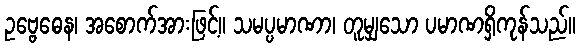
ဥဗ္ဗေဓေန၊ အစောက်အားဖြင့်။ သမပ္ပမာဏာ၊ တူမျှသော ပမာဏရှိကုန်သည်။